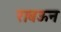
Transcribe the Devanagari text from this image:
राबऊन